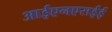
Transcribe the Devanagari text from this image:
आईएनएसईई